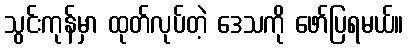
သွင်းကုန်မှာ ထုတ်လုပ်တဲ့ ဒေသကို ဖော်ပြရမယ်။